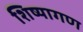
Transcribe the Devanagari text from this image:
शिष्यागण